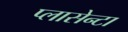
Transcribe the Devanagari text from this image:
प्लासेन्टा